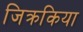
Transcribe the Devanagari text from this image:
जिक्रकिया